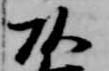
頭